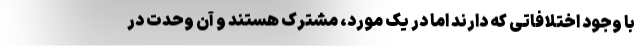
با وجود اختلافاتی که دارند اما در یک مورد، مشترک هستند و آن وحدت در